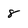
Character: 8